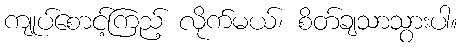
ကျုပ်စောင့်ကြည့် လိုက်မယ်၊ စိတ်ချသာသွားပါ။